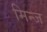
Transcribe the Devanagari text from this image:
मिन्ज